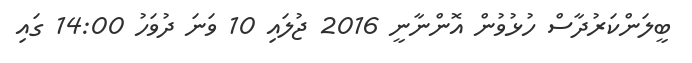
ބީލަންކަރުދާސް ހުޅުވުން އޮންނާނީ 2016 ޖުލައި 10 ވަނަ ދުވަހު 14:00 ގައި